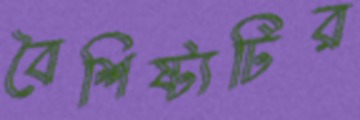
বৈশিষ্ট্যটির